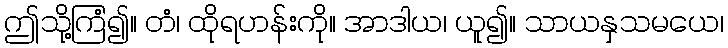
ဤသို့ကြံ၍။ တံ၊ ထိုရဟန်းကို။ အာဒါယ၊ ယူ၍။ သာယနှသမယေ၊